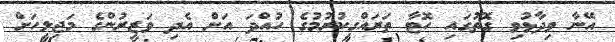
އޭނާ ވިދާޅުވި ގޮތުގައި ހޮޓާ ތަރައްގީކުރުމުގެ ހުއްދަ އަށް އެދި ވަޒީރުންގެ މަޖިލީހަށް